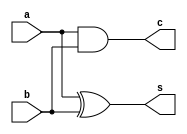
module half_adder_gate_level(a,b,s,c);
input a,b;
output s,c;
xor(s,a,b);
and(c,a,b);
endmodule